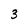
Character: 3